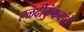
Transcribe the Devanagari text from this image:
हळदीकुंकवांचे